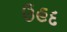
ઉહદ